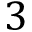
3